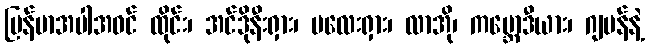
မြန်မာအပါအဝင် ထိုင်း၊ အင်ဒိုနီးရှား၊ မလေးရှား၊ လာအို၊ ကမ္ဘောဒီယား၊ ဂျပန်နဲ့